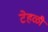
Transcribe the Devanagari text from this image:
टेहळी